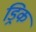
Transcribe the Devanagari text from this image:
ड्रिक